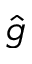
\hat { g }